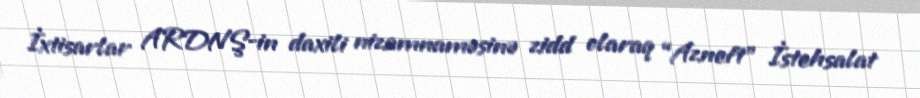
İxtisarlar ARDNŞ-in daxili nizamnaməsinə zidd olaraq “Azneft” İstehsalat